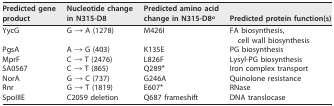
<table><thead><tr><td><b>Predicted gene product</b></td><td><b>Nucleotide change in N315-D8</b></td><td><b>Predicted amino acid change in N315-D8<sup>a</sup></b></td><td><b>Predicted protein function(s)</b></td></tr></thead><tbody><tr><td>YycG</td><td>G → A (1278)</td><td>M426I</td><td>FA biosynthesis, cell wall biosynthesis</td></tr><tr><td>PgsA</td><td>A → G (403)</td><td>K135E</td><td>PG biosynthesis</td></tr><tr><td>MprF</td><td>C → T (2476)</td><td>L826F</td><td>Lysyl-PG biosynthesis</td></tr><tr><td>SA0567</td><td>C → T (865)</td><td>Q289*</td><td>Iron complex transport</td></tr><tr><td>NorA</td><td>G → C (737)</td><td>G246A</td><td>Quinolone resistance</td></tr><tr><td>Rnr</td><td>G → T (1819)</td><td>E607*</td><td>RNase</td></tr><tr><td>SpoIIIE</td><td>C2059 deletion</td><td>Q687 frameshift</td><td>DNA translocase</td></tr></tbody></table>